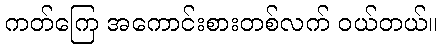
ကတ်ကြေ အကောင်းစားတစ်လက် ဝယ်တယ်။